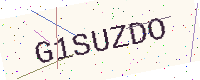
Text: G1SUZDO